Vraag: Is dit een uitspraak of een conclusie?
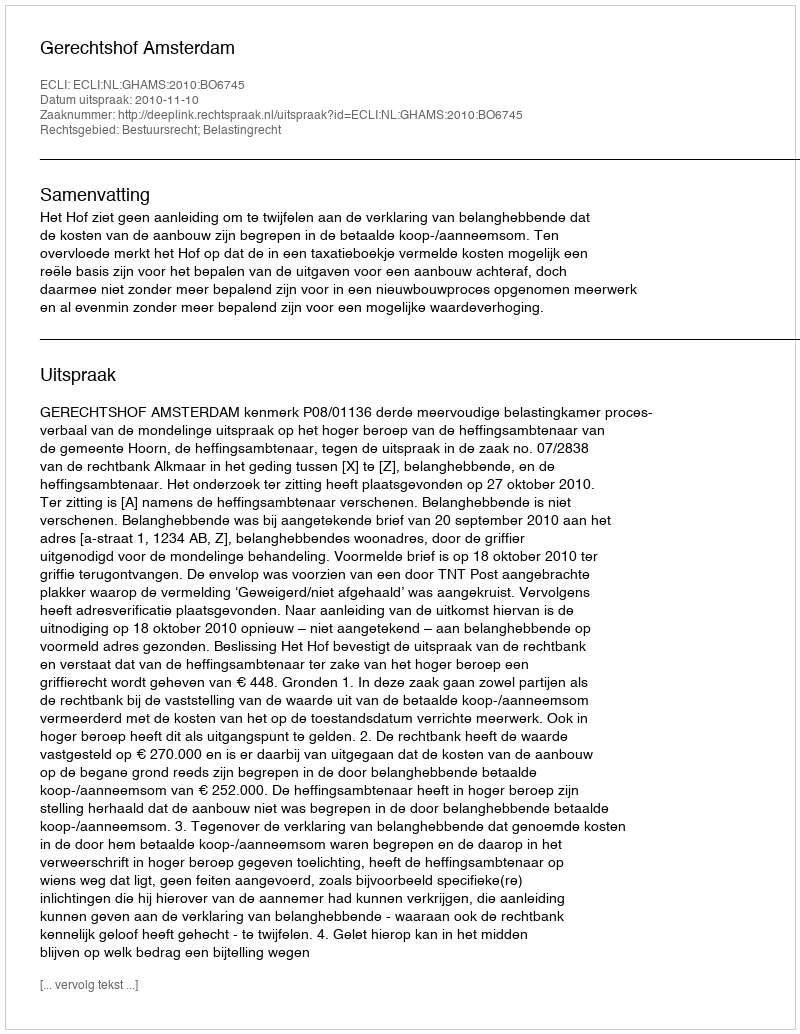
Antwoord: Uitspraak